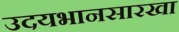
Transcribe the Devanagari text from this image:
उदयभानसारखा